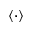
\langle \cdot \rangle